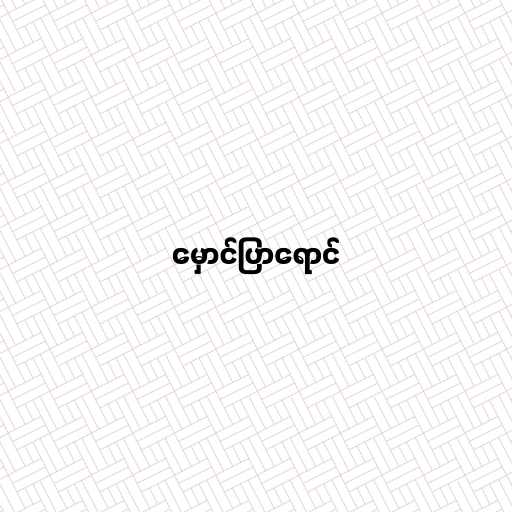
မှောင်ပြာရောင်